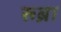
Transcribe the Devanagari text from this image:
रूब्रा